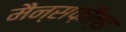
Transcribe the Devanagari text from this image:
मैन्सफ़ील्ड